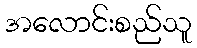
အလောင်းစည်သူ